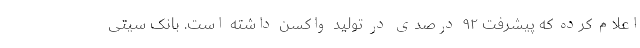
اعلام کرده که پیشرفت ۹۲ درصدی در تولید واکسن داشته است. بانک سیتی